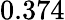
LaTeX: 0.374